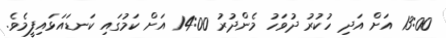
13:00 އަށް އަދި ހުކުރު ދުވަހު މެންދުރު 14:00 އަށް ކަމުގައި ކަނޑައަޅައިފީމެވެ.